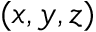
( x , y , z )